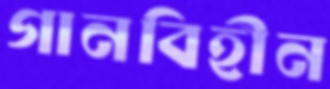
গানবিহীন